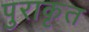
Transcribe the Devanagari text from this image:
पुराकृत